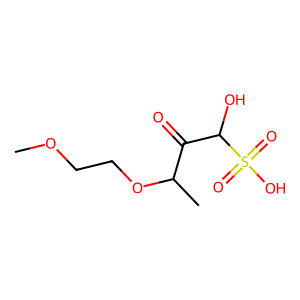
SMILES: COCCOC(C)C(=O)C(O)S(=O)(=O)O
Inhibits HIV replication: No